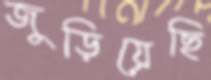
জুড়িয়েছি